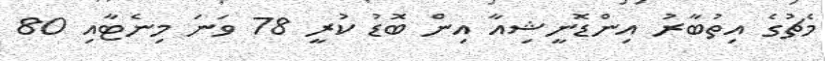
މެޗުގެ އިތުބާރު އިންޑޮނީޝިއާ އިން ބޮޑު ކުރީ 78 ވަނަ މިނެޓާއި 80